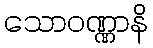
သောဝဏ္ဏာနိ